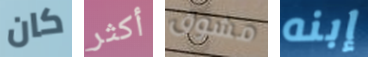
كان أكثر مشوق إبنه